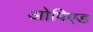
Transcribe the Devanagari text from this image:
ओपिएड